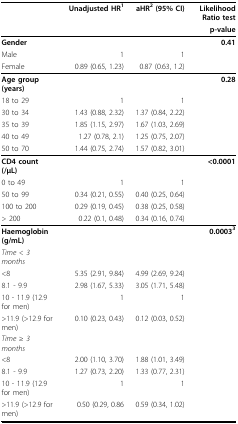
<table><thead><tr><td></td><td><b>Unadjusted HR<sup>1 </sup></b></td><td><b>aHR<sup>2 </sup>(95% CI)</b></td><td><b>Likelihood Ratio test</b></td></tr><tr><td></td><td></td><td></td><td><b>p-value</b></td></tr></thead><tbody><tr><td><b>Gender</b></td><td></td><td></td><td><b>0.41</b></td></tr><tr><td>Male</td><td>1</td><td>1</td><td></td></tr><tr><td>Female</td><td>0.89 (0.65, 1.23)</td><td>0.87 (0.63, 1.2)</td><td></td></tr><tr><td><b>Age group (years)</b></td><td></td><td></td><td><b>0.28</b></td></tr><tr><td>18 to 29</td><td>1</td><td>1</td><td></td></tr><tr><td>30 to 34</td><td>1.43 (0.88, 2.32)</td><td>1.37 (0.84, 2.22)</td><td></td></tr><tr><td>35 to 39</td><td>1.85 (1.15, 2.97)</td><td>1.67 (1.03, 2.69)</td><td></td></tr><tr><td>40 to 49</td><td>1.27 (0.78, 2.1)</td><td>1.25 (0.75, 2.07)</td><td></td></tr><tr><td>50 to 70</td><td>1.44 (0.75, 2.74)</td><td>1.57 (0.82, 3.01)</td><td></td></tr><tr><td><b>CD4 count (/μL)</b></td><td></td><td></td><td><b>&lt;0.0001</b></td></tr><tr><td>0 to 49</td><td>1</td><td>1</td><td></td></tr><tr><td>50 to 99</td><td>0.34 (0.21, 0.55)</td><td>0.40 (0.25, 0.64)</td><td></td></tr><tr><td>100 to 200</td><td>0.29 (0.19, 0.45)</td><td>0.38 (0.25, 0.58)</td><td></td></tr><tr><td>&gt; 200</td><td>0.22 (0.1, 0.48)</td><td>0.34 (0.16, 0.74)</td><td></td></tr><tr><td><b>Haemoglobin (g/mL)</b></td><td></td><td></td><td><b>0.0003<sup>3</sup></b></td></tr><tr><td><i>Time &lt; 3 months</i></td><td></td><td></td><td></td></tr><tr><td>&lt;8</td><td>5.35 (2.91, 9.84)</td><td>4.99 (2.69, 9.24)</td><td></td></tr><tr><td>8.1 - 9.9</td><td>2.98 (1.67, 5.33)</td><td>3.05 (1.71, 5.48)</td><td></td></tr><tr><td>10 - 11.9 (12.9 for men)</td><td>1</td><td>1</td><td></td></tr><tr><td>&gt;11.9 (&gt;12.9 for men)</td><td>0.10 (0.23, 0.43)</td><td>0.12 (0.03, 0.52)</td><td></td></tr><tr><td><i>Time </i>≥ <i>3 months</i></td><td></td><td></td><td></td></tr><tr><td>&lt;8</td><td>2.00 (1.10, 3.70)</td><td>1.88 (1.01, 3.49)</td><td></td></tr><tr><td>8.1 - 9.9</td><td>1.27 (0.73, 2.20)</td><td>1.33 (0.77, 2.31)</td><td></td></tr><tr><td>10 - 11.9 (12.9 for men)</td><td>1</td><td>1</td><td></td></tr><tr><td>&gt;11.9 (&gt;12.9 for men)</td><td>0.50 (0.29, 0.86</td><td>0.59 (0.34, 1.02)</td><td></td></tr></tbody></table>